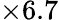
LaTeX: \times 6.7